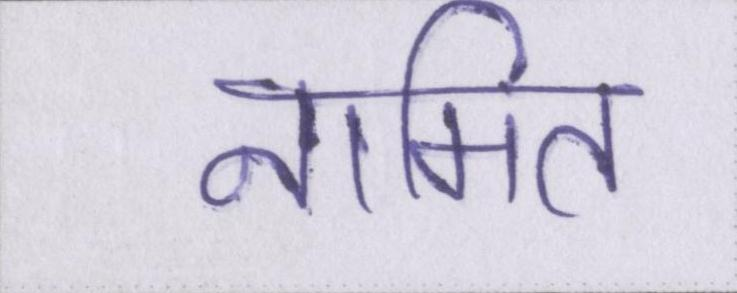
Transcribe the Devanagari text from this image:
नामित